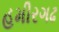
હમીરગઢ